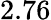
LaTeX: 2.76